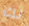
لك